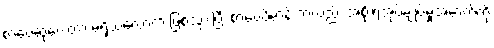
စာပေဆုပေးတာ မရှိသလောက် ဖြစ်သွားပြီး စာပေဗိမာန် ကလည်း အစိုးရအုပ်ချုပ်မှုအောက်ကို